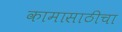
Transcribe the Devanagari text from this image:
कामासाठीचा